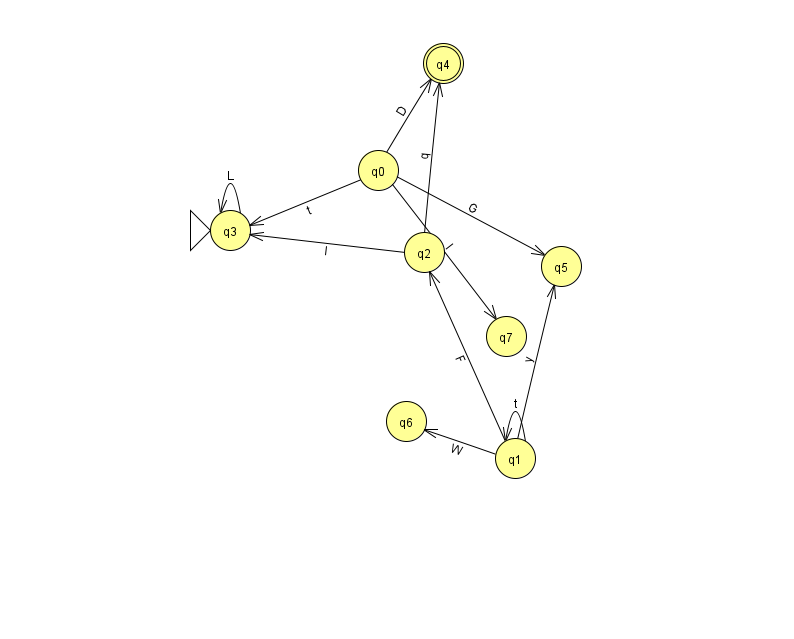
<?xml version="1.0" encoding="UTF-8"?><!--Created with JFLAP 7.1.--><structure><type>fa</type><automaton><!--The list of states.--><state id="0" name="q0"><x>378.0</x><y>157.0</y></state><state id="1" name="q1"><x>515.0</x><y>445.0</y></state><state id="2" name="q2"><x>424.0</x><y>239.0</y></state><state id="3" name="q3"><x>230.0</x><y>217.0</y><initial/></state><state id="4" name="q4"><x>443.0</x><y>50.0</y><final/></state><state id="5" name="q5"><x>561.0</x><y>253.0</y></state><state id="6" name="q6"><x>406.0</x><y>408.0</y></state><state id="7" name="q7"><x>506.0</x><y>323.0</y></state><!--The list of transitions.--><transition><from>0</from><to>7</to><read>l</read></transition><transition><from>1</from><to>2</to><read>F</read></transition><transition><from>1</from><to>1</to><read>t</read></transition><transition><from>1</from><to>5</to><read>y</read></transition><transition><from>0</from><to>4</to><read>D</read></transition><transition><from>1</from><to>6</to><read>W</read></transition><transition><from>2</from><to>4</to><read>q</read></transition><transition><from>2</from><to>3</to><read>l</read></transition><transition><from>0</from><to>3</to><read>t</read></transition><transition><from>0</from><to>5</to><read>G</read></transition><transition><from>3</from><to>3</to><read>L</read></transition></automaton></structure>